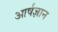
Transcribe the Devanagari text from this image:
आर्षज्ञान